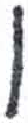
אות: ו